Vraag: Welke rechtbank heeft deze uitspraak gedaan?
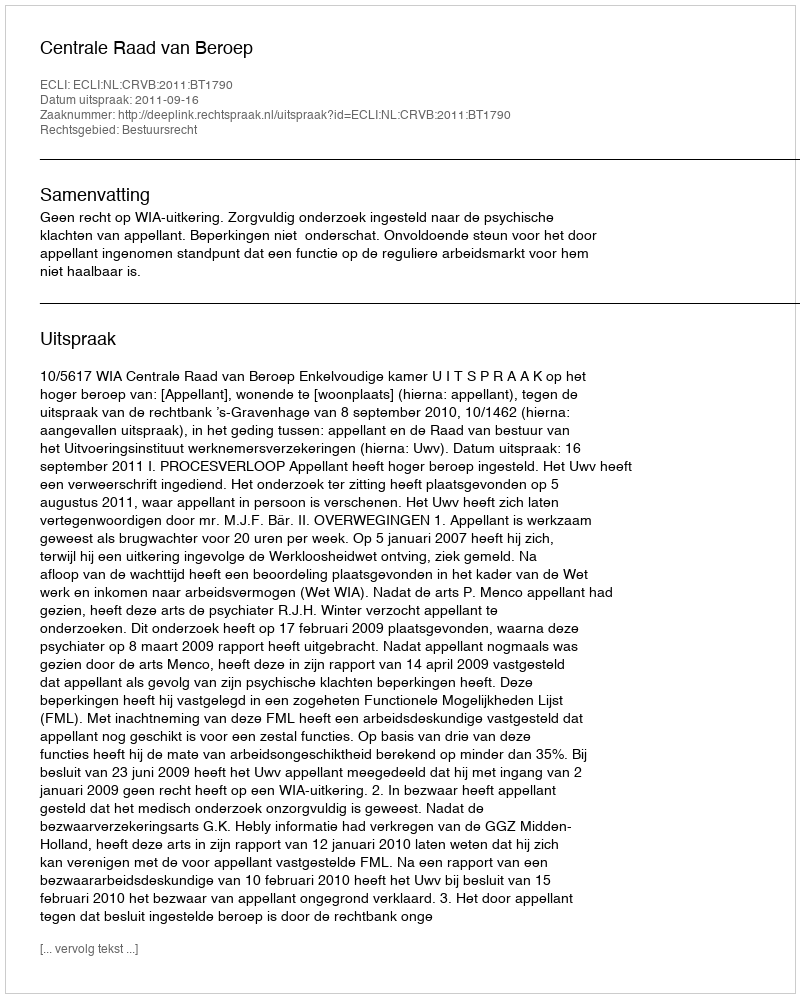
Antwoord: Centrale Raad van Beroep